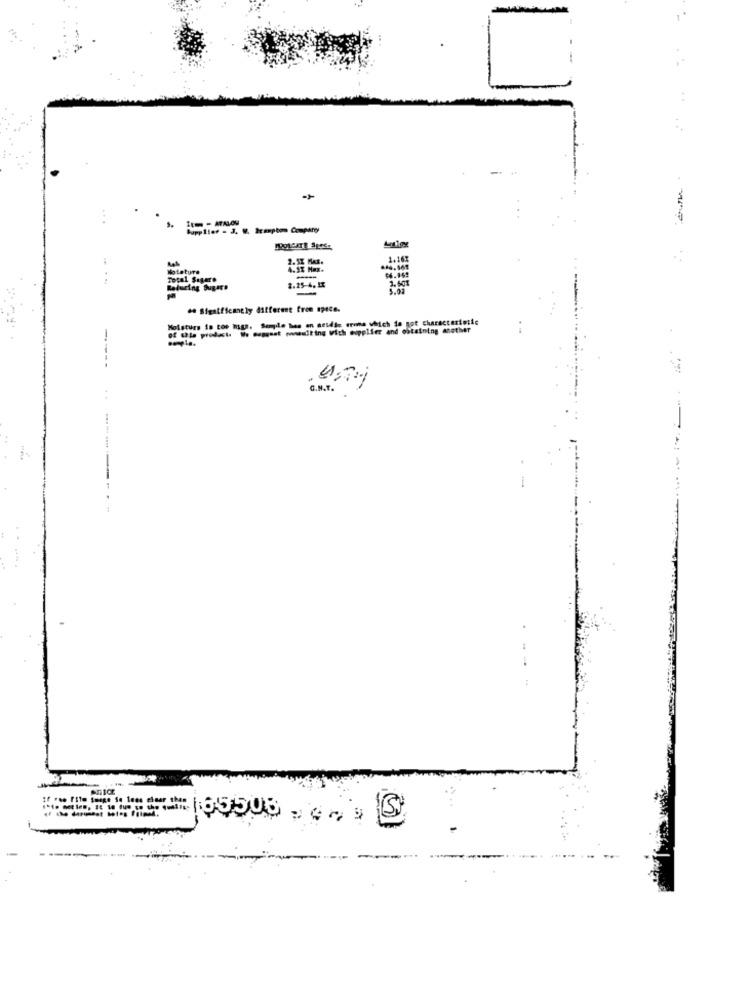
1
-
2. SI MAZ.
1-167
Leture
2.25-4. 53
-
.a Significantly different from spece.
Moisturs is too mgh. Semple bes an nesdie erne which is not characteristic
of this product. We suggest waiting with supplier and obtaining another
----
C.M.T.
. .
----
---
enice